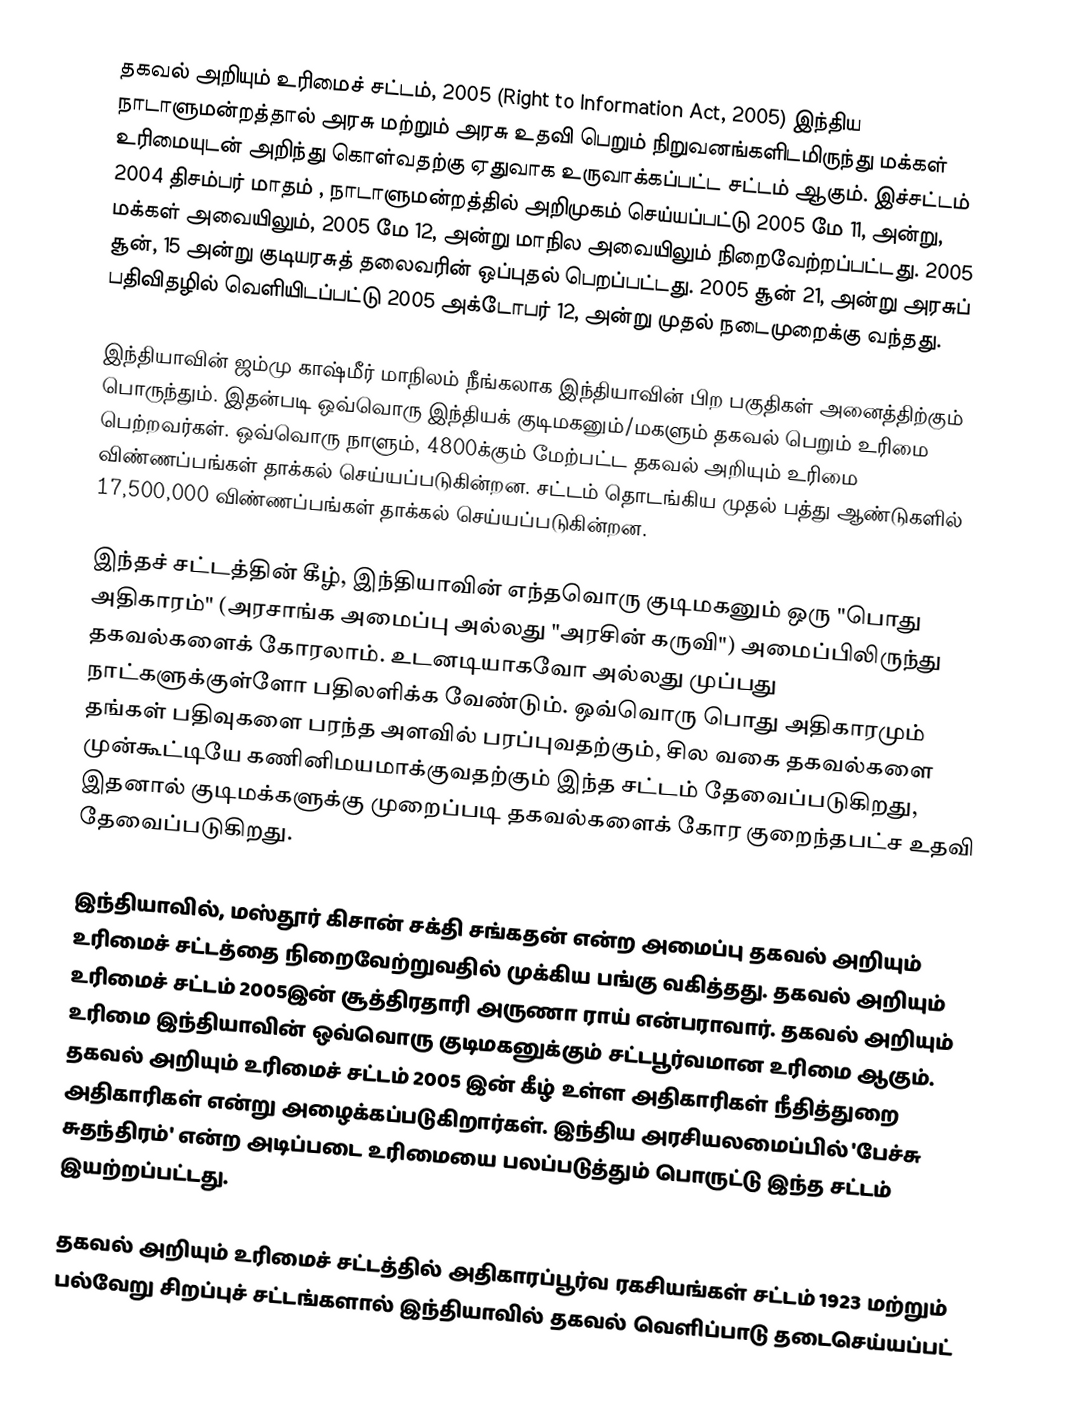
தகவல் அறியும் உரிமைச் சட்டம், 2005 (Right to Information Act, 2005) இந்திய நாடாளுமன்றத்தால் அரசு மற்றும் அரசு உதவி பெறும் நிறுவனங்களிடமிருந்து மக்கள் உரிமையுடன் அறிந்து கொள்வதற்கு ஏதுவாக உருவாக்கப்பட்ட சட்டம் ஆகும். இச்சட்டம் 2004 திசம்பர் மாதம் , நாடாளுமன்றத்தில் அறிமுகம் செய்யப்பட்டு 2005 மே 11, அன்று, மக்கள் அவையிலும், 2005 மே 12,   அன்று மாநில அவையிலும் நிறைவேற்றப்பட்டது.  2005 சூன், 15 அன்று குடியரசுத் தலைவரின் ஒப்புதல் பெறப்பட்டது. 2005 சூன் 21, அன்று அரசுப் பதிவிதழில் வெளியிடப்பட்டு 2005 அக்டோபர் 12, அன்று முதல் நடைமுறைக்கு வந்தது.

இந்தியாவின் ஜம்மு காஷ்மீர் மாநிலம் நீங்கலாக இந்தியாவின் பிற பகுதிகள் அனைத்திற்கும் பொருந்தும். இதன்படி ஒவ்வொரு இந்தியக் குடிமகனும்/மகளும் தகவல் பெறும் உரிமை பெற்றவர்கள். ஒவ்வொரு நாளும், 4800க்கும் மேற்பட்ட தகவல் அறியும் உரிமை விண்ணப்பங்கள் தாக்கல் செய்யப்படுகின்றன. சட்டம் தொடங்கிய முதல் பத்து ஆண்டுகளில் 17,500,000 விண்ணப்பங்கள் தாக்கல் செய்யப்படுகின்றன.

இந்தச் சட்டத்தின் கீழ், இந்தியாவின் எந்தவொரு குடிமகனும் ஒரு "பொது அதிகாரம்" (அரசாங்க அமைப்பு அல்லது "அரசின் கருவி") அமைப்பிலிருந்து தகவல்களைக் கோரலாம். உடனடியாகவோ அல்லது முப்பது நாட்களுக்குள்ளோ பதிலளிக்க வேண்டும். ஒவ்வொரு பொது அதிகாரமும் தங்கள் பதிவுகளை பரந்த அளவில் பரப்புவதற்கும், சில வகை தகவல்களை முன்கூட்டியே கணினிமயமாக்குவதற்கும் இந்த சட்டம் தேவைப்படுகிறது, இதனால் குடிமக்களுக்கு முறைப்படி தகவல்களைக் கோர குறைந்தபட்ச உதவி தேவைப்படுகிறது.

இந்தியாவில், மஸ்தூர் கிசான் சக்தி சங்கதன் என்ற அமைப்பு தகவல் அறியும் உரிமைச் சட்டத்தை நிறைவேற்றுவதில் முக்கிய பங்கு வகித்தது. தகவல் அறியும் உரிமைச் சட்டம் 2005இன் சூத்திரதாரி அருணா ராய் என்பராவார். தகவல் அறியும் உரிமை இந்தியாவின் ஒவ்வொரு குடிமகனுக்கும் சட்டபூர்வமான உரிமை ஆகும். தகவல் அறியும் உரிமைச் சட்டம் 2005 இன் கீழ் உள்ள அதிகாரிகள் நீதித்துறை அதிகாரிகள் என்று அழைக்கப்படுகிறார்கள். இந்திய அரசியலமைப்பில் 'பேச்சு சுதந்திரம்' என்ற அடிப்படை உரிமையை பலப்படுத்தும் பொருட்டு இந்த சட்டம் இயற்றப்பட்டது.

தகவல் அறியும் உரிமைச் சட்டத்தில் அதிகாரப்பூர்வ ரகசியங்கள் சட்டம் 1923 மற்றும் பல்வேறு சிறப்புச் சட்டங்களால் இந்தியாவில் தகவல் வெளிப்பாடு தடைசெய்யப்பட்